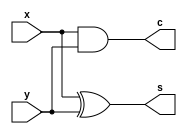
`timescale 1ns / 1ps
//////////////////////////////////////////////////////////////////////////////////
// Company: 
// Engineer: 
// 
// Design Name: 
// Module Name: Half_adder
// Project Name: 
// Target Devices: 
// Tool Versions: 
// Description: 
// 
// Dependencies: 
// 
// Revision:
// Revision 0.01 - File Created
// Additional Comments:
// 
//////////////////////////////////////////////////////////////////////////////////


module Half_adder(
input x,y,
output c,s
    );
    
    assign s = x^y;
    assign c= x&y;
endmodule